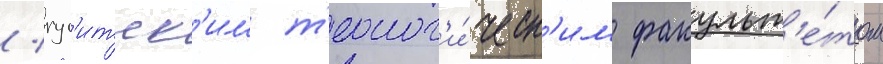
/ гус'итск'им т'еолог'и́ческ'им факульт'е́том